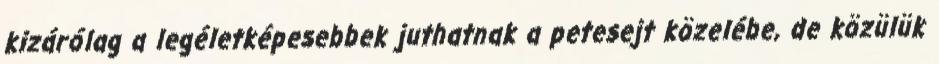
kizárólag a legéletképesebbek juthatnak a petesejt közelébe, de közülük